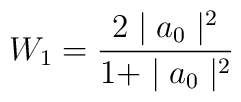
W_1= \frac{2\mid a_0\mid^2}{1+ \mid a_0\mid^2}